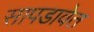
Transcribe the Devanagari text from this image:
सापडावेत